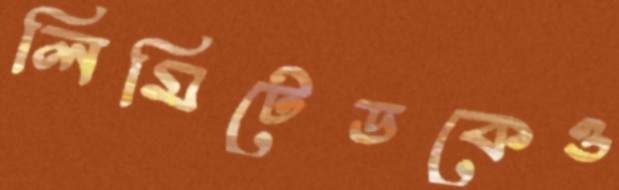
লিমিটেডকেও